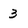
Character: 3